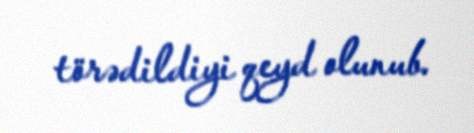
törədildiyi qeyd olunub.